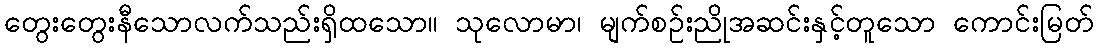
တွေးတွေးနီသောလက်သည်းရှိထသော။ သုလောမာ၊ မျက်စဉ်းညိုအဆင်းနှင့်တူသော ကောင်းမြတ်